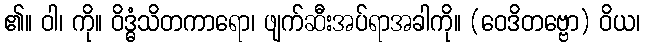
၏။ ဝါ၊ ကို။ ဝိဒ္ဓံသိတကာရော၊ ဖျက်ဆီးအပ်ရာအခါကို။ (ဝေဒိတဗ္ဗော) ဝိယ၊